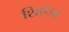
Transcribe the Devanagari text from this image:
शिएँजा